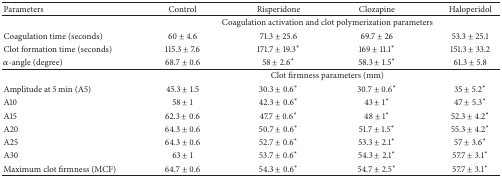
<table><thead><tr><td><b>Parameters</b></td><td><b>Control</b></td><td><b>Risperidone</b></td><td><b>Clozapine</b></td><td><b>Haloperidol</b></td></tr></thead><tbody><tr><td> </td><td colspan="4">Coagulation activation and clot polymerization parameters</td></tr><tr><td>Coagulation time (seconds)</td><td>60 ± 4.6</td><td>71.3 ± 25.6</td><td>69.7 ± 26</td><td>53.3 ± 25.1</td></tr><tr><td>Clot formation time (seconds)</td><td>115.3 ± 7.6</td><td>171.7 ± 19.3<sup><i>∗</i></sup></td><td>169 ± 11.1<sup><i>∗</i></sup></td><td>151.3 ± 33.2</td></tr><tr><td><i>α</i>-angle (degree)</td><td>68.7 ± 0.6</td><td>58 ± 2.6<sup><i>∗</i></sup></td><td>58.3 ± 1.5<sup><i>∗</i></sup></td><td>61.3 ± 5.8</td></tr><tr><td> </td><td colspan="4">Clot firmness parameters (mm)</td></tr><tr><td>Amplitude at 5 min (A5)</td><td>45.3 ± 1.5</td><td>30.3 ± 0.6<sup><i>∗</i></sup></td><td>30.7 ± 0.6<sup><i>∗</i></sup></td><td>35 ± 5.2<sup><i>∗</i></sup></td></tr><tr><td>A10</td><td>58 ± 1</td><td>42.3 ± 0.6<sup><i>∗</i></sup></td><td>43 ± 1<sup><i>∗</i></sup></td><td>47 ± 5.3<sup><i>∗</i></sup></td></tr><tr><td>A15</td><td>62.3 ± 0.6</td><td>47.7 ± 0.6<sup><i>∗</i></sup></td><td>48 ± 1<sup><i>∗</i></sup></td><td>52.3 ± 4.2<sup><i>∗</i></sup></td></tr><tr><td>A20</td><td>64.3 ± 0.6</td><td>50.7 ± 0.6<sup><i>∗</i></sup></td><td>51.7 ± 1.5<sup><i>∗</i></sup></td><td>55.3 ± 4.2<sup><i>∗</i></sup></td></tr><tr><td>A25</td><td>64.3 ± 0.6</td><td>52.7 ± 0.6<sup><i>∗</i></sup></td><td>53.3 ± 2.1<sup><i>∗</i></sup></td><td>57 ± 3.6<sup><i>∗</i></sup></td></tr><tr><td>A30</td><td>63 ± 1</td><td>53.7 ± 0.6<sup><i>∗</i></sup></td><td>54.3 ± 2.1<sup><i>∗</i></sup></td><td>57.7 ± 3.1<sup><i>∗</i></sup></td></tr><tr><td>Maximum clot firmness (MCF)</td><td>64.7 ± 0.6</td><td>54.3 ± 0.6<sup><i>∗</i></sup></td><td>54.7 ± 2.5<sup><i>∗</i></sup></td><td>57.7 ± 3.1<sup><i>∗</i></sup></td></tr></tbody></table>